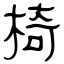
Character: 椅